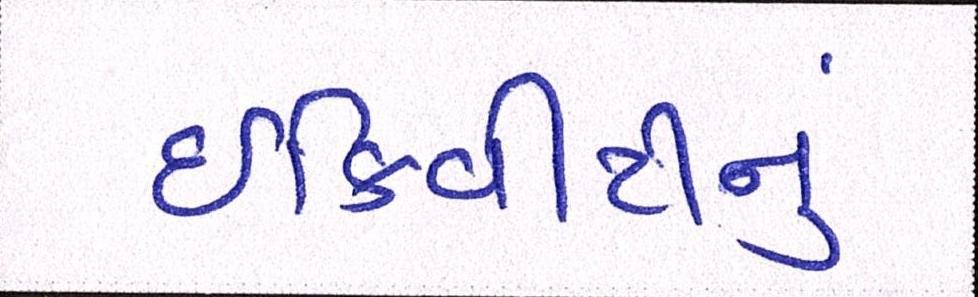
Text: ઈક્વિટીનું